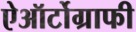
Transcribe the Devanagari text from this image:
ऐऑर्टोग्राफी